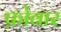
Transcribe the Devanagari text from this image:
फ़ोवार